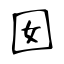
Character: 囡